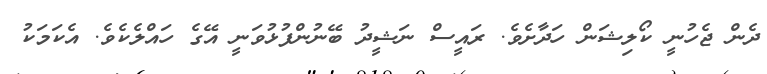
ދެން ޖެހުނީ ކޯލިޝަން ހަދާށެވެ. ރައީސް ނަޝީދު ބޭނުންފުޅުވަނީ އޭގެ ހައްލެކެވެ. އެކަމަކު